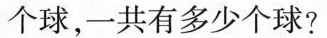
个球，一共有多少个球?